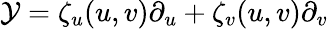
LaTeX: \mathcal{Y}=\zeta_{u}(u,v)\partial_{u}+\zeta_{v}(u,v)\partial_{v}